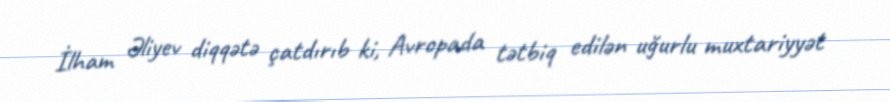
İlham Əliyev diqqətə çatdırıb ki, Avropada tətbiq edilən uğurlu muxtariyyət